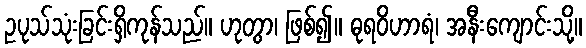
ဥပုသ်သုံးခြင်းရှိကုန်သည်။ ဟုတွာ၊ ဖြစ်၍။ ဓုရဝိဟာရံ၊ အနီးကျောင်းသို့။